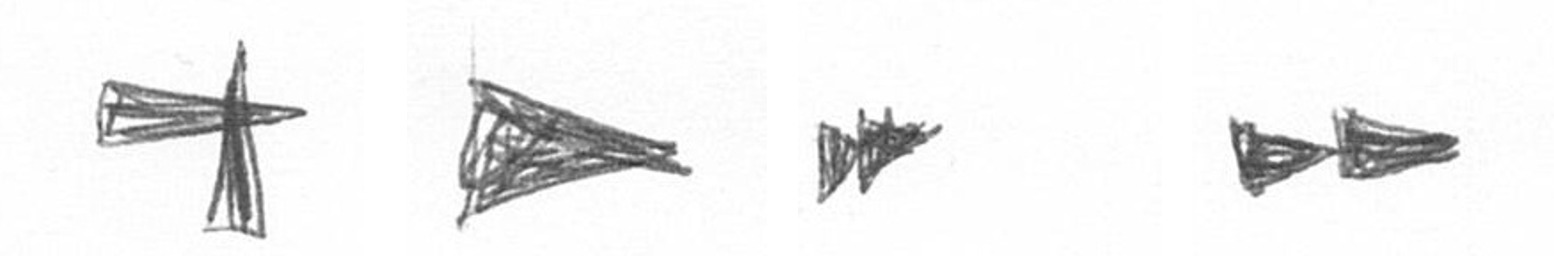
G T A A